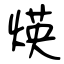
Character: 煐